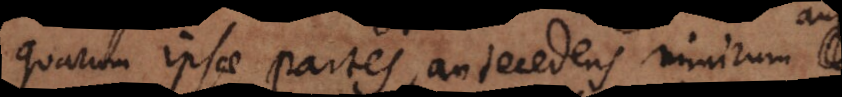
quarum ipsae partes, antecedens nimirum